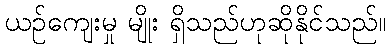
ယဉ်ကျေးမှု မျိုး ရှိသည်ဟုဆိုနိုင်သည်။